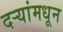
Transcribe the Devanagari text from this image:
दऱ्यांमधून